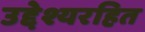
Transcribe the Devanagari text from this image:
उद्देश्यरहित